NAE_ERA_R-30_Eesti_Riiklik_Spordiamet, lk 19
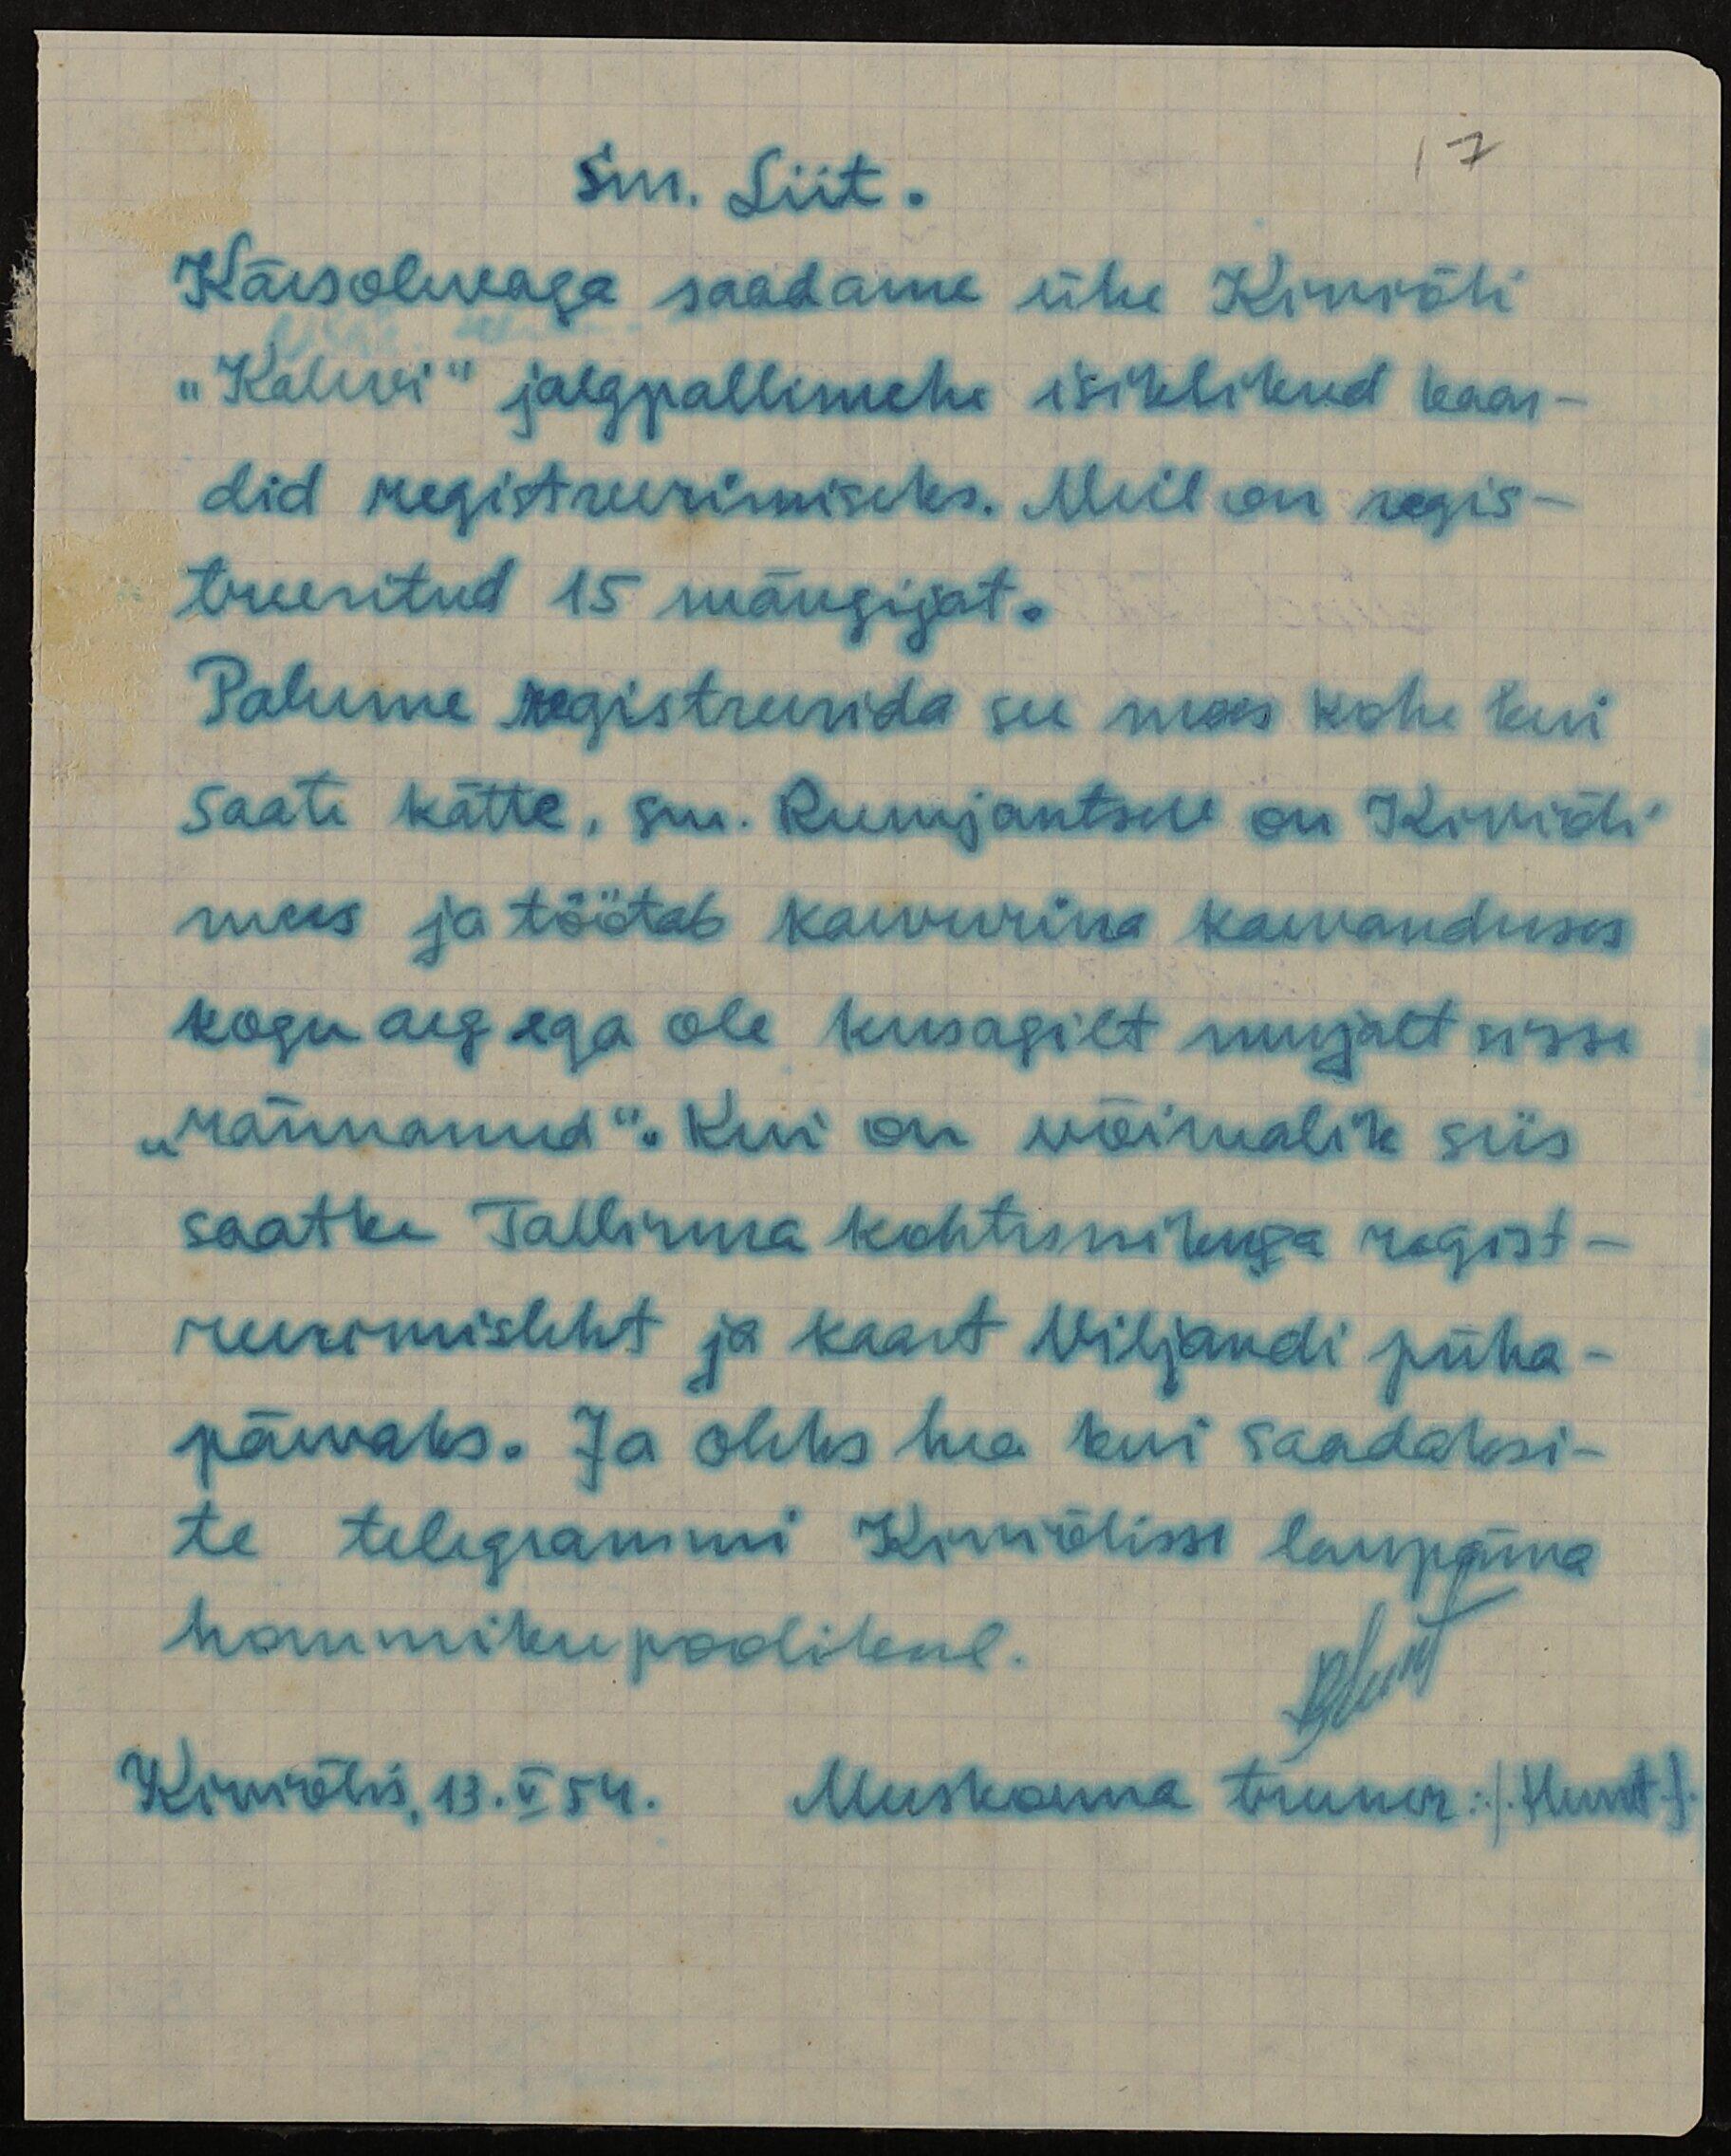
17
Sm. Liit.
Käesolevaga saadame ühe Kiviõli
"Kalevi" jalgpallimehe isiklikud kaar-
did registreerimiseks. Meil on regis-
treeritud 15 mängijat.
Palume registreerida see mees kohe kui
saate kätte, sm. Rumjantsev on Kiviõli
mees ja töötab kaevurina kaevanduses
kogu aeg ega ole kusagilt mujalt sisse
"rännanud". Kui on võimalik siis
saatke Tallinna kohtunikuga regist-
reerimisleht ja kaart Viljandi püha-
päevaks. Ja oleks hea kui saadaksi-
te telegrammi Kiviõlisse laupäeva
hommikupoolikul.
Kiviõlis, 13.V 54. Meeskonna treener (Hunt)